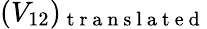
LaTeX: (V_{12})_{\mathrm{~t~r~a~n~s~l~a~t~e~d~}}